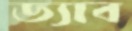
ড্যাব